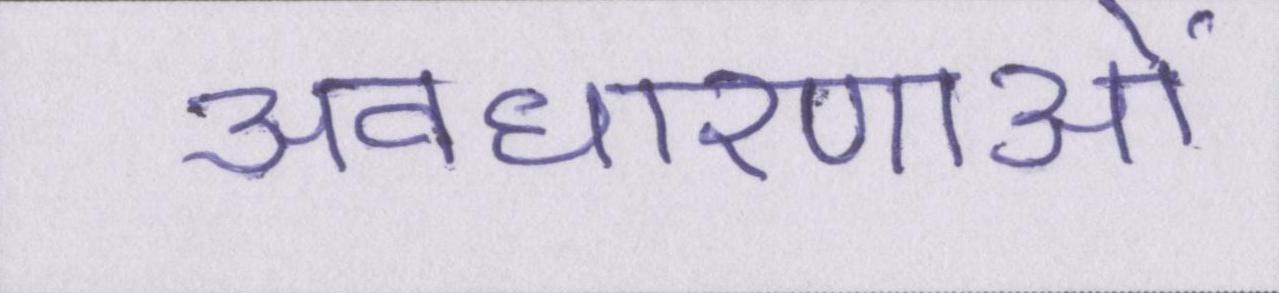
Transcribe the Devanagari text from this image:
अवधारणाओं